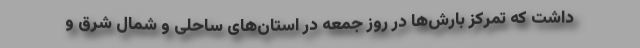
داشت که تمرکز بارش‌ها در روز جمعه در استان‌های ساحلی و شمال شرق و